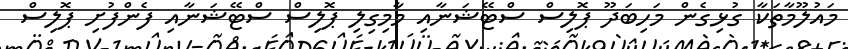
މައުލޫމާތަކާ ގުޅިގެން މަހިބަދޫ ޕޮލިސް ސްޓޭޝަނާއި މާމިގިލި ޕޮލިސް ސްޓޭޝަނާއި ފެންފުށި ޕޮލިސް